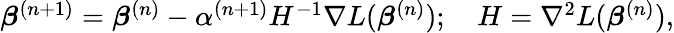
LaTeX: \begin{array}{r}{\boldsymbol{\beta}^{(n+1)}=\boldsymbol{\beta}^{(n)}-\alpha^{(n+1)}H^{-1}\nabla L(\boldsymbol{\beta}^{(n)});\quad H=\nabla^{2}L(\boldsymbol{\beta}^{(n)}),}\end{array}